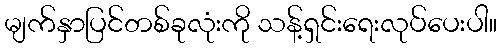
မျက်နှာပြင်တစ်ခုလုံးကို သန့်ရှင်းရေးလုပ်ပေးပါ။